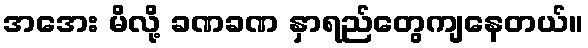
အအေး မိလို့ ခဏခဏ နှာရည်တွေကျနေတယ်။